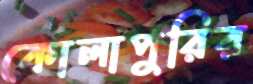
কোলাপুরির